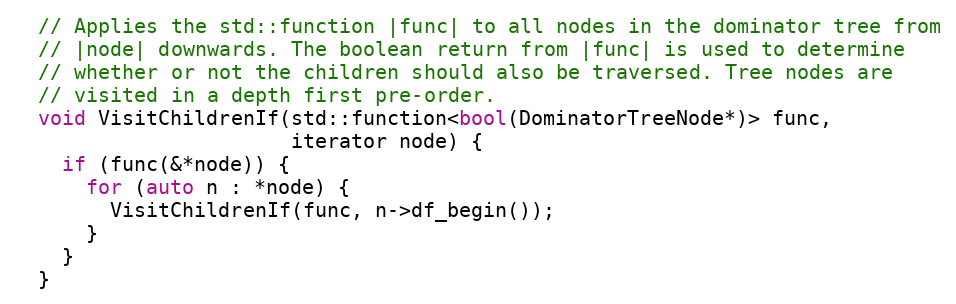
Language: C
  // Applies the std::function |func| to all nodes in the dominator tree from
  // |node| downwards. The boolean return from |func| is used to determine
  // whether or not the children should also be traversed. Tree nodes are
  // visited in a depth first pre-order.
  void VisitChildrenIf(std::function<bool(DominatorTreeNode*)> func,
                       iterator node) {
    if (func(&*node)) {
      for (auto n : *node) {
        VisitChildrenIf(func, n->df_begin());
      }
    }
  }